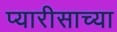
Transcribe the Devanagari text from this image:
प्यारीसाच्या